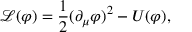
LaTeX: \mathcal { L } ( \varphi ) = { \frac { 1 } { 2 } } ( { \partial _ { \mu } \varphi } ) ^ { 2 } - U ( \varphi ) ,